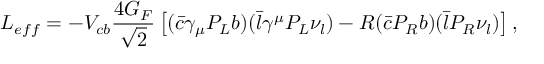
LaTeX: { \cal L } _ { e f f } = - V _ { c b } \frac { 4 G _ { F } } { \sqrt { 2 } } \left[ ( \bar { c } \gamma _ { \mu } P _ { L } b ) ( \bar { l } \gamma ^ { \mu } P _ { L } \nu _ { l } ) - R ( \bar { c } P _ { R } b ) ( \bar { l } P _ { R } \nu _ { l } ) \right] ,